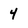
Character: 4